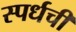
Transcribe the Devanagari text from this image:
स्पर्धची